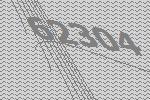
62304